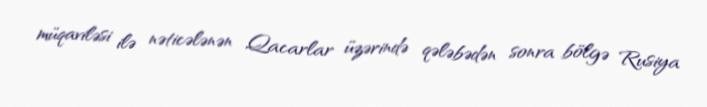
müqaviləsi ilə nəticələnən Qacarlar üzərində qələbədən sonra bölgə Rusiya